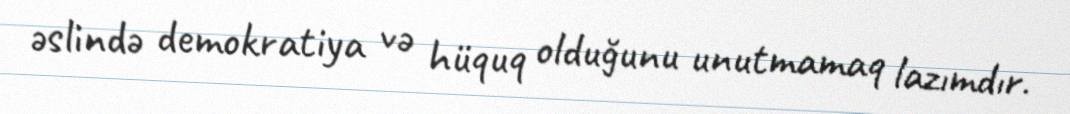
əslində demokratiya və hüquq olduğunu unutmamaq lazımdır.